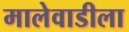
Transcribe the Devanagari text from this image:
मालेवाडीला